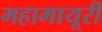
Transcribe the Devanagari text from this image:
महामायूरी